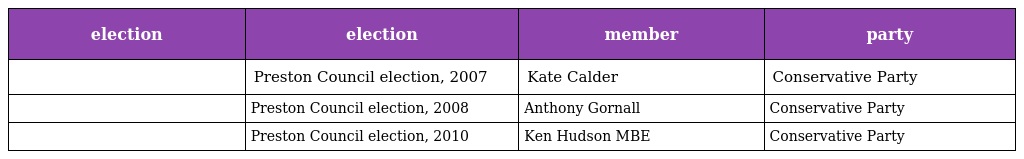
| election | election | member | party |
 | --- | --- | --- | --- |
 |  | Preston Council election, 2007 | Kate Calder | Conservative Party |
 |  | Preston Council election, 2008 | Anthony Gornall | Conservative Party |
 |  | Preston Council election, 2010 | Ken Hudson MBE | Conservative Party |